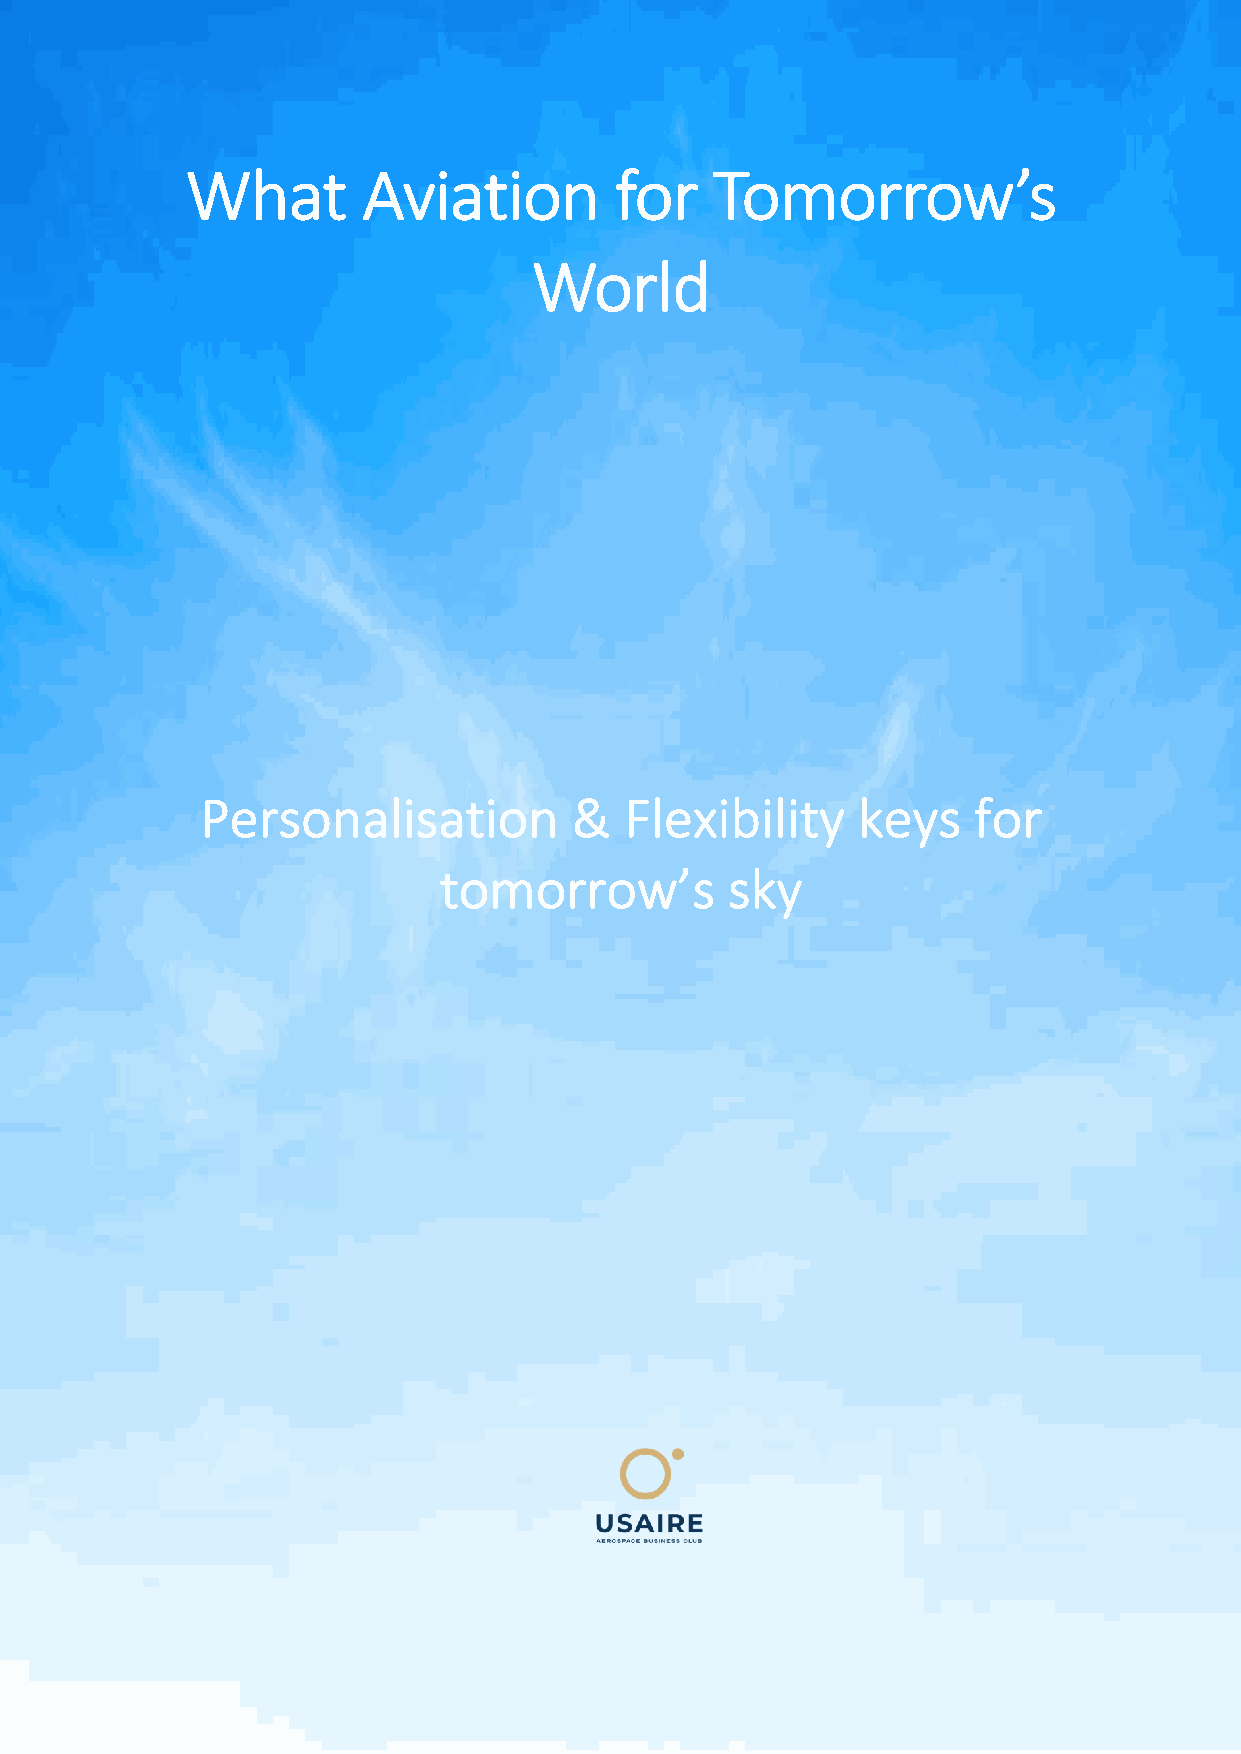
What        Aviation         for   Tomorrow’s
 World
 Personalisation          &  Flexibility     keys   for
 tomorrow’s         sky
 1